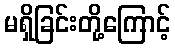
မရှိခြင်းတို့ကြောင့်